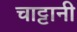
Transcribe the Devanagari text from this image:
चाट्टानी